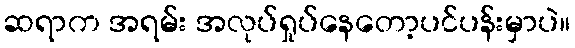
ဆရာက အရမ်း အလုပ်ရှုပ်နေတော့ပင်ပန်းမှာပဲ။